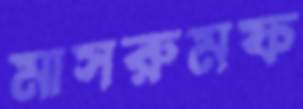
মাসরুমফ